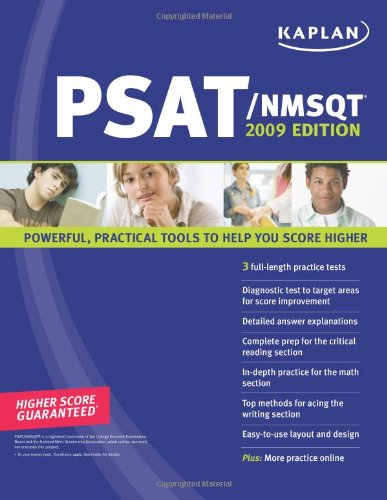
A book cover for Kaplan PSAT/NMSQT, 2009 Edition; Kaplan; Test Preparation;